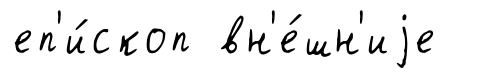
еп'и́скоп вн'е́шн'иjе